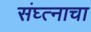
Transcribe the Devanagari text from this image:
संघ्त्नाचा